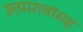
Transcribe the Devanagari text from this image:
उत्तमरावांसह